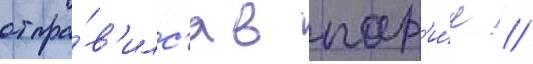
отпра́в'илс'я в пар'и́ж /